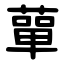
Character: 蕇